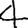
Digit: 4